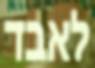
לאבד